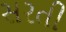
સરતી